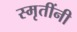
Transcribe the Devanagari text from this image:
स्मृतींनी